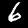
Digit: 6